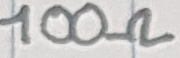
Text: 100Ω